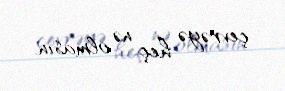
çevrəyə heç nə olmasın.